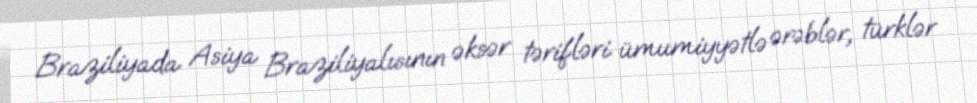
Braziliyada Asiya Braziliyalısının əksər tərifləri ümumiyyətlə ərəblər, türklər